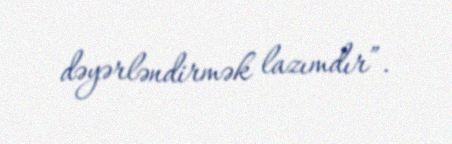
dəyərləndirmək lazımdır”.